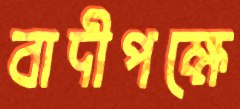
বাদীপক্ষে